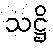
သဋ္ဌိ